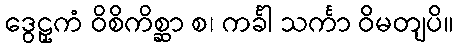
ဒွေဠှကံ ဝိစိကိစ္ဆာ စ၊ ကင်္ခါ သင်္ကာ ဝိမတျပိ။